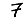
Digit: 7